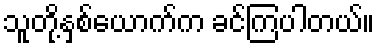
သူတို့နှစ်ယောက်က ခင်ကြပါတယ်။